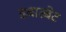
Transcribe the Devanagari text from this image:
डबारबेट